Report on the working of the Ranchi Indian Mental Hospital, Kanke, in Bihar and Orissa - 1930-1940
Year: 1930
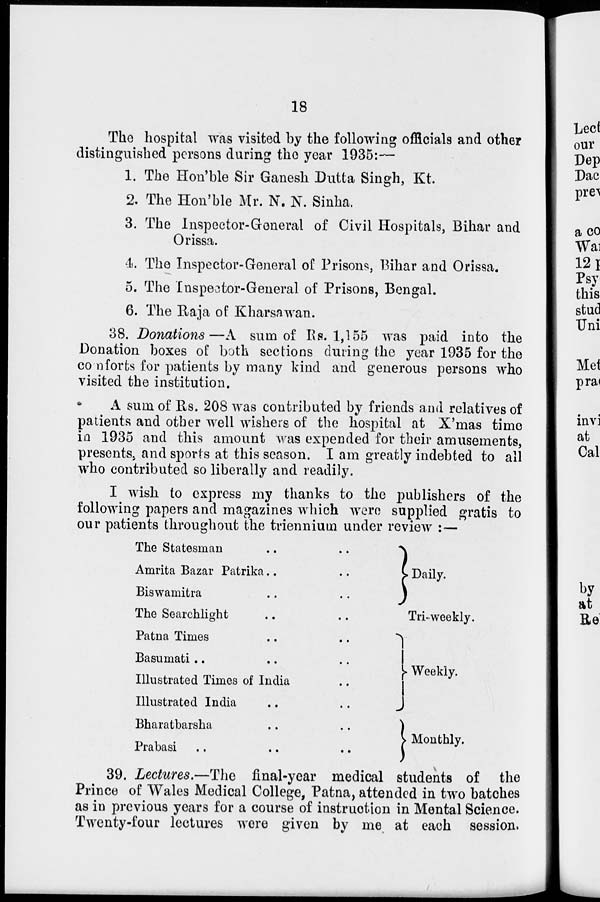
18
The hospital was visited by the following officials and other
distinguished persons during the year 1935:—
1. The Hon'ble Sir Ganesh Dutta Singh, Kt.
2. The Hon'ble Mr. N. N. Sinha.
3. The Inspector-General of Civil Hospitals, Bihar and
Orissa.
4. The Inspector-General of Prisons, Bihar and Orissa.
5. The Inspector-General of Prisons, Bengal.
6. The Raja of Kharsawan.
38. Donations—A sum of Rs. 1,155 was paid into the
Donation boxes of both sections during the year 1935 for the
comforts for patients by many kind and generous persons who
visited the institution.
A sum of Rs. 208 was contributed by friends and relatives of
patients and other well wishers of the hospital at X'mas time
in 1935 and this amount was expended for their amusements,
presents, and sports at this season. I am greatly indebted to all
who contributed so liberally and readily.
I wish to express my thanks to the publishers of the
following papers and magazines which were supplied gratis to
our patients throughout the triennium under review :—
The Statesman
..
..
Amrita Bazar Patrika..
..
Biswamitra .. ..
The Searchlight .. ..
Patna Times
..
..
Basumati .. .. ..
Illustrated Times of India ..
Illustrated India
..
..
Bharatbarsha
..
..
..
Prabasi .. .. ..
Daily.
Tri-weekly.
Weekly.
Monthly.
39. Lectures.—The final-year medical students of the
Prince of Wales Medical College, Patna, attended in two batches
as in previous years for a course of instruction in Mental Science.
Twenty-four lectures were given by me at each session.